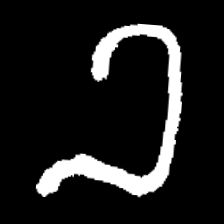
Pyu character \u2014 Myanmar letter: ခ (romanized: kha)